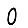
Digit: 0